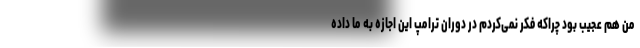
من هم عجیب بود چراکه فکر نمی‌کردم در دوران ترامپ این اجازه به ما داده